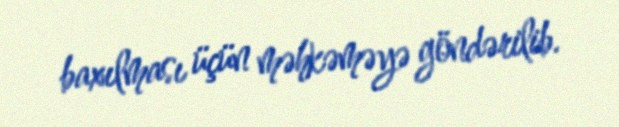
baxılması üçün məhkəməyə göndərilib.